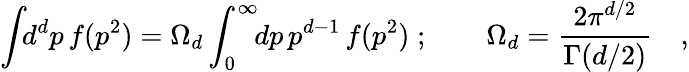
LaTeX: \int\! \! d^{d}p\, f(p^{2})=\Omega_{d}\int_{0}^{\infty}\! \! dp\, p^{d-1}\, f(p^{2})\; ;\qquad\Omega_{d}=\frac{2\pi^{d/2}}{\Gamma(d/2)}\quad,